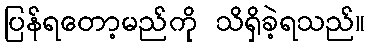
ပြန်ရတော့မည်ကို သိရှိခဲ့ရသည်။